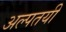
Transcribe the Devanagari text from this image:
अल्पतयी